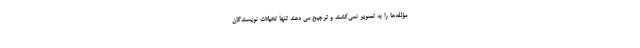
مؤلفه‌ها را به تصویر نمی‌کشند و ترجیح می دهند تنها تخیلات نویسندگان